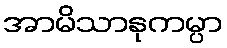
အာမိသာနုကမ္ပာ